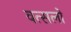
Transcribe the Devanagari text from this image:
वत्सलो